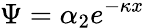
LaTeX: \Psi=\alpha_{2}e^{-\kappa x}